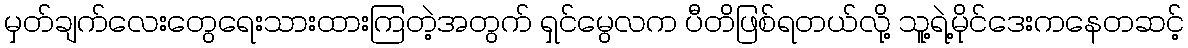
မှတ်ချက်လေးတွေရေးသားထားကြတဲ့အတွက် ရှင်မွေလက ပီတိဖြစ်ရတယ်လို့ သူ့ရဲ့မိုင်ဒေးကနေတဆင့်